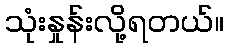
သုံးနှုန်းလို့ရတယ်။